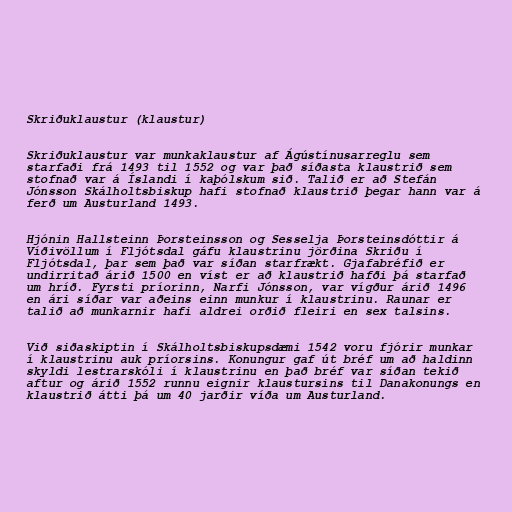
Skriðuklaustur (klaustur)

Skriðuklaustur var munkaklaustur af Ágústínusarreglu sem
starfaði frá 1493 til 1552 og var það síðasta klaustrið sem
stofnað var á Íslandi í kaþólskum sið. Talið er að Stefán
Jónsson Skálholtsbiskup hafi stofnað klaustrið þegar hann var á
ferð um Austurland 1493.

Hjónin Hallsteinn Þorsteinsson og Sesselja Þorsteinsdóttir á
Víðivöllum í Fljótsdal gáfu klaustrinu jörðina Skriðu í
Fljótsdal, þar sem það var síðan starfrækt. Gjafabréfið er
undirritað árið 1500 en víst er að klaustrið hafði þá starfað
um hríð. Fyrsti príorinn, Narfi Jónsson, var vígður árið 1496
en ári síðar var aðeins einn munkur í klaustrinu. Raunar er
talið að munkarnir hafi aldrei orðið fleiri en sex talsins.

Við siðaskiptin í Skálholtsbiskupsdæmi 1542 voru fjórir munkar
í klaustrinu auk príorsins. Konungur gaf út bréf um að haldinn
skyldi lestrarskóli í klaustrinu en það bréf var síðan tekið
aftur og árið 1552 runnu eignir klaustursins til Danakonungs en
klaustrið átti þá um 40 jarðir víða um Austurland.